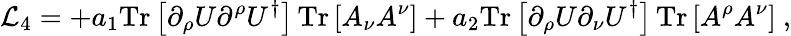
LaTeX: {\cal L}_{4}=+a_{1}\mathrm{Tr}\left[\partial_{\rho}U\partial^{\rho}U^{\dagger}\right]\, \mathrm{Tr}\left[A_{\nu}A^{\nu}\right]+a_{2}\mathrm{Tr}\left[\partial_{\rho}U\partial_{\nu}U^{\dagger}\right]\, \mathrm{Tr}\left[A^{\rho}A^{\nu}\right]\ ,